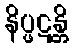
နိပ္ဖဋန္တိ